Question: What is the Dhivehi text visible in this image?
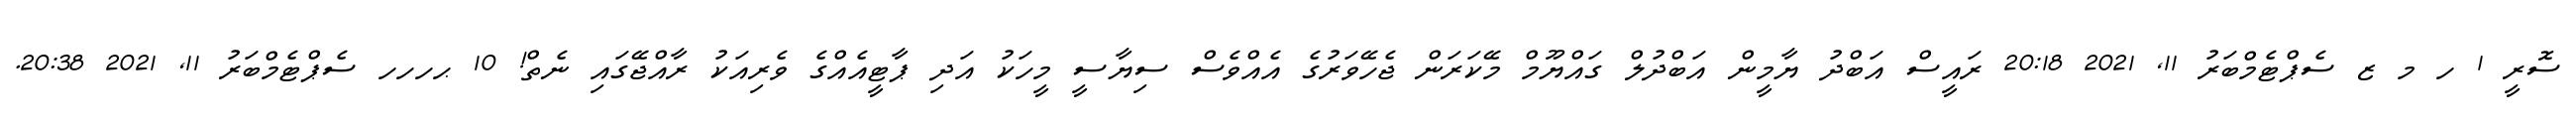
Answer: ސޮރީ 1 ހ މ ޒ ސެޕްޓެމްބަރު 11, 2021 20:18 ރައީސް އަބްދު ޔާމީން އަބްދުލް ގައްޔޫމް މޭކަރަން ޖެހޭވަރުގެ އެއްވެސް ސިޔާސީ މީހަކު އަދި ޕާޓީއެއްގެ ވެރިއަކު ރާއްޖޭގައި ނެތް! 10 ޙހހހ ސެޕްޓެމްބަރު 11, 2021 20:38.